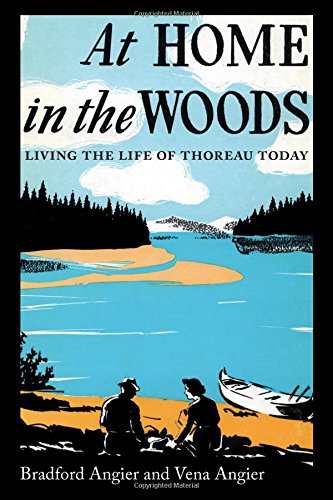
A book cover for At Home in the Woods: Living the Life of Thoreau Today; Bradford Angier; Biographies & Memoirs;